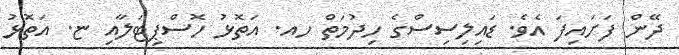
ދޭން ފަށައިފަ އެވެ. ޑައިލިސިސްގެ ހިދުމަތް ހއ. އަތޮޅު ހޮސްޕިޓަލާއި ޏ. އަތޮޅު